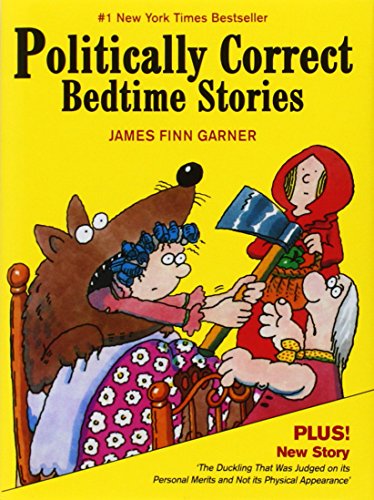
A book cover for Politically Correct Bedtime Stories; James Finn Garner; Humor & Entertainment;